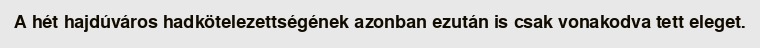
A hét hajdúváros hadkötelezettségének azonban ezután is csak vonakodva tett eleget.